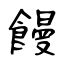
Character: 饅